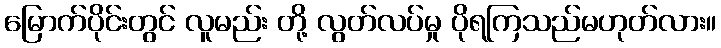
မြောက်ပိုင်းတွင် လူမည်း တို့ လွတ်လပ်မှု ပိုရကြသည်မဟုတ်လား။